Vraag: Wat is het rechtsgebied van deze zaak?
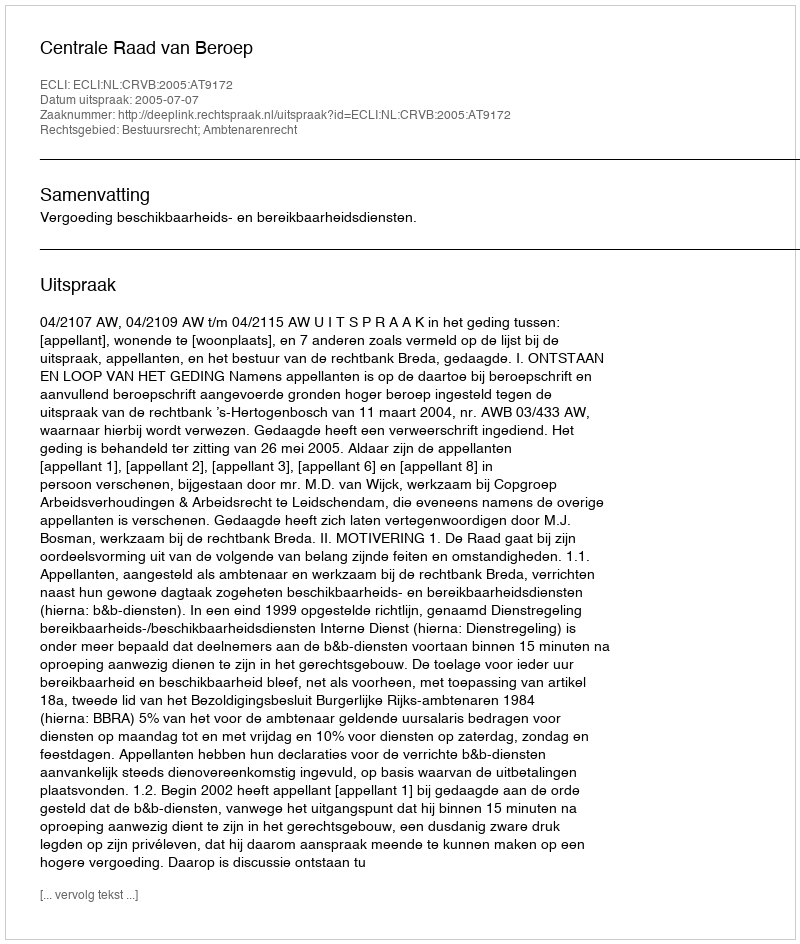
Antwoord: Bestuursrecht; Ambtenarenrecht